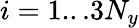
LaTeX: i=1...3N_{y}